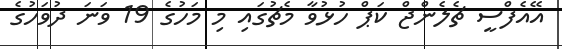
އޭއެފްސީ ޗެލެންޖް ކަޕް ހުޅުވާ މެޗުގައި މި މަހުގެ 19 ވަނަ ދުވަހުގެ